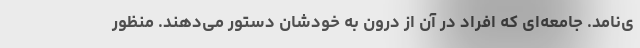
ی‌نامد. جامعه‌ای که افراد در آن از درون به خودشان دستور می‌دهند. منظور